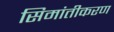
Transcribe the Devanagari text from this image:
सिमांतीकरण